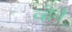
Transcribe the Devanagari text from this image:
व्हेने